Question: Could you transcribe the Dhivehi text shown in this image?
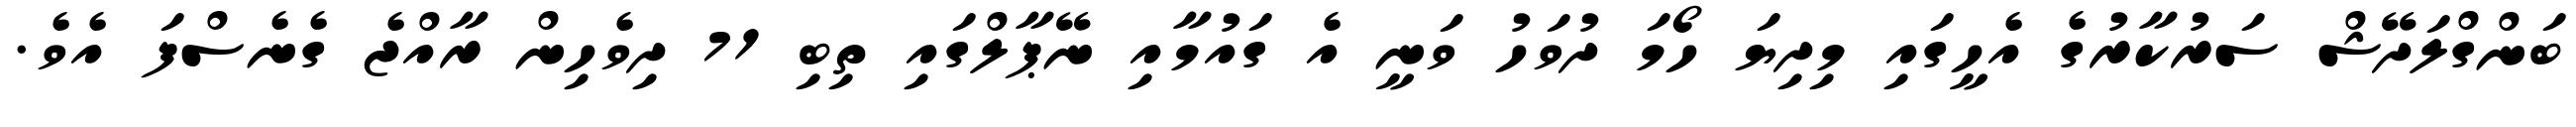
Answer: ބަންގްލަދޭޝް ސަރުކާރުގެ އެހީގައި މިދިޔަ ހޯމަ ދުވަހު ވަނީ އެ ގައުމާއި ނޭޕާލްގައި ތިބި 71 ދިވެހިން ރާއްޖެ ގެނެސްފަ އެވެ.